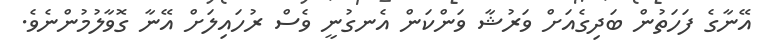
އޭނާގެ ފަހަތުން ބަދިގެއަށް ވަރުޝާ ވަންކަން އެނގުނީ ވެސް ރުހައިލަށް އޭނާ ގޮވާލުމުންނެވެ.